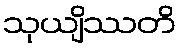
သုယျိဿတိ